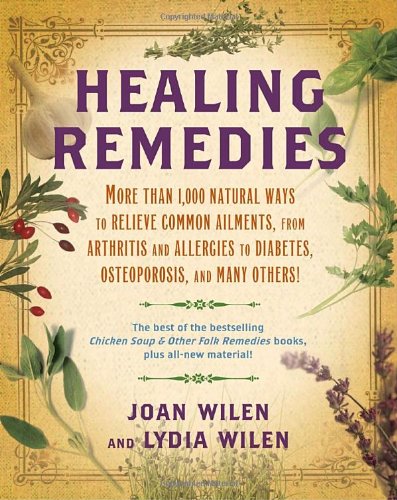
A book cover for Healing Remedies: More Than 1,000 Natural Ways to Relieve Common Ailments, from Arthritis and Allergies to Diabetes, Osteoporosis, and Many Others!; Lydia Wilen; Health, Fitness & Dieting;